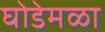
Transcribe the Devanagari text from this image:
घोडेमळा